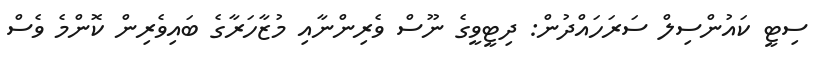
ސިޓީ ކައުންސިލް ސަރަހައްދުން: ދިޓީވީގެ ނޫސް ވެރިންނާއި މުޒާހަރާގެ ބައިވެރިން ކޮންމެ ވެސް